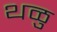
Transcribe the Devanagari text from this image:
थळु